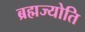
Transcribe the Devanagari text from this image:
ब्रह्मज्योति